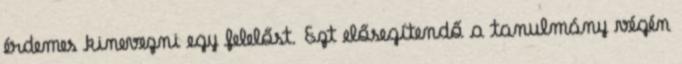
érdemes kinevezni egy felelőst. Ezt elősegítendő a tanulmány végén